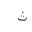
Letter: _tha